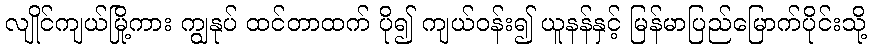
လျိုင်ကျယ်မြို့ကား ကျွနုပ် ထင်တာထက် ပို၍ ကျယ်ဝန်း၍ ယူနန်နှင့် မြန်မာပြည်မြောက်ပိုင်းသို့